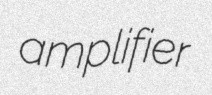
amplifier